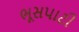
ભૂસપાટી